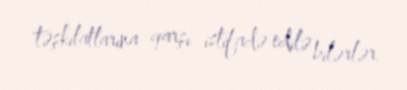
təşkilatlarına qarşı istifadə edilə bilərlər.